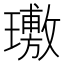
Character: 璷